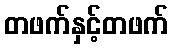
တဖက်နှင့်တဖက်